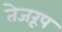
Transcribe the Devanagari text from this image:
तेजरूप